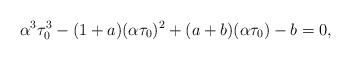
LaTeX: \begin{align*}\alpha^3 \tau_0^3 - (1 + a) (\alpha \tau_0)^2 + (a + b) (\alpha \tau_0) - b = 0,\end{align*}